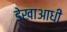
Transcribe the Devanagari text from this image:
डेखाआधी